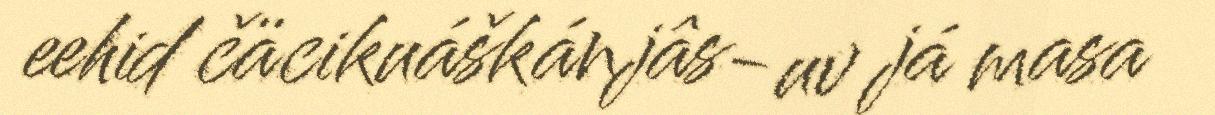
eehid čäcikuáškánjâs-uv já masa